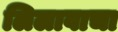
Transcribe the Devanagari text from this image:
लिलावाचा